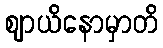
ဈာယိနောမှာတိ